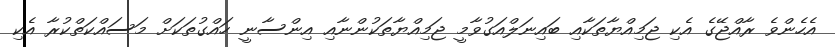
އެހެންވެ ރާއްޖޭގެ އެކި ޖަމިއްޔާތަކާއި ބައިނަލްއަގުވާމީ ޖަމިއްޔާތަކުންނާއި އިންސާނީ ހައްގުތަކަށް މަސައްކަތްކުރާ އެކި